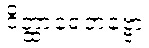
ဝိတ္ထာရေတဗ္ဗော